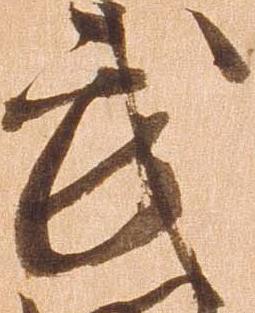
武